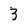
Character: 3